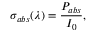
\sigma _ { a b s } ( \lambda ) = \frac { P _ { a b s } } { I _ { 0 } } ,